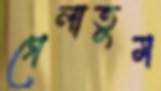
গেলাতুম